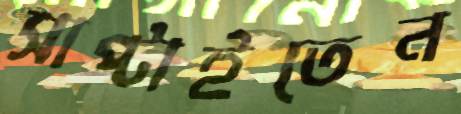
সাপ্‌টাইতেন